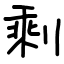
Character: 剩